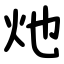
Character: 灺